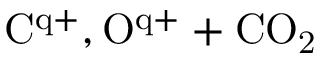
\mathrm { C ^ { q + } , O ^ { q + } + C O _ { 2 } }